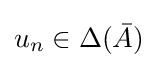
u_{n}\in \Delta ({\bar {A}})